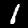
Digit: 1